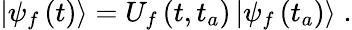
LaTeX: \begin{array}{r}{\left\vert\psi_{f}\left(t\right)\right\rangle=U_{f}\left(t,t_{a}\right)\left\vert\psi_{f}\left(t_{a}\right)\right\rangle\; .}\end{array}